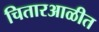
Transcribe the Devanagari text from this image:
चितारआळीत